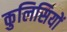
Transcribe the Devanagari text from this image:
कुलिसियों